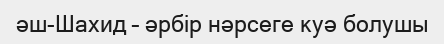
әш-Шахид – әрбір нәрсеге куә болушы